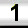
Digit: 1